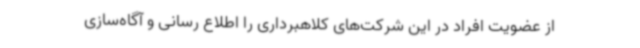
از عضویت افراد در این شرکت‌های کلاهبرداری را اطلاع رسانی و آگاه‌سازی